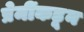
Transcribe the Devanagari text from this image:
प्रेमींकडून